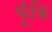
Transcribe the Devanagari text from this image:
फूँकि